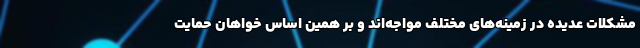
مشکلات عدیده در زمینه‌های مختلف مواجه‌اند و بر همین اساس خواهان حمایت